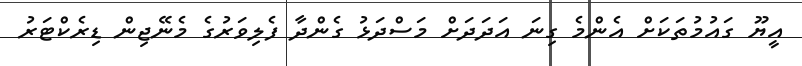
އީޔޫ ގައުމުތަކަށް އެންމެ ގިނަ އަދަދަށް މަސްދަޅު ގެންދާ ފެލިވަރުގެ މެނޭޖިން ޑިރެކްޓަރު